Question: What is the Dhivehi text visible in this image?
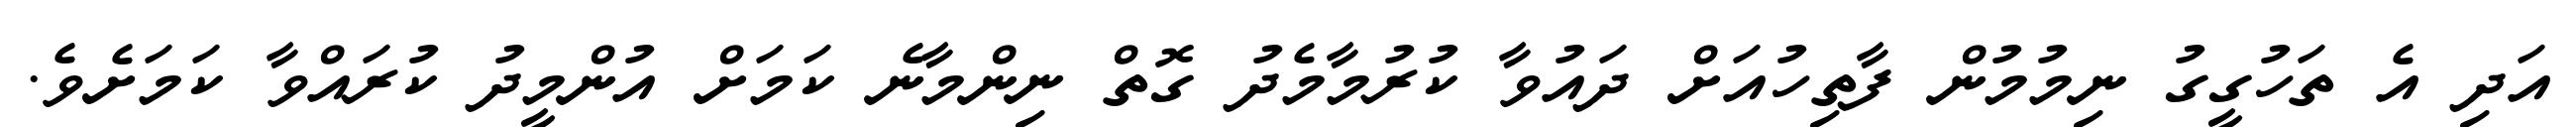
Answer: އަދި އެ ތަހުގީގު ނިމުމުން ފާތިހުއަށް ދައުވާ ކުރުމާމެދު ގޮތް ނިންމާނެ ކަމަށް އުންމީދު ކުރައްވާ ކަމަށެވެ.